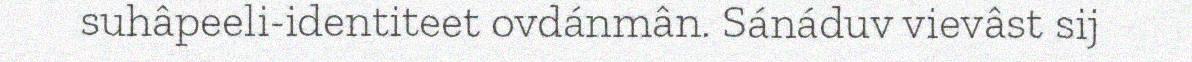
suhâpeeli-identiteet ovdánmân. Sánáduv vievâst sij